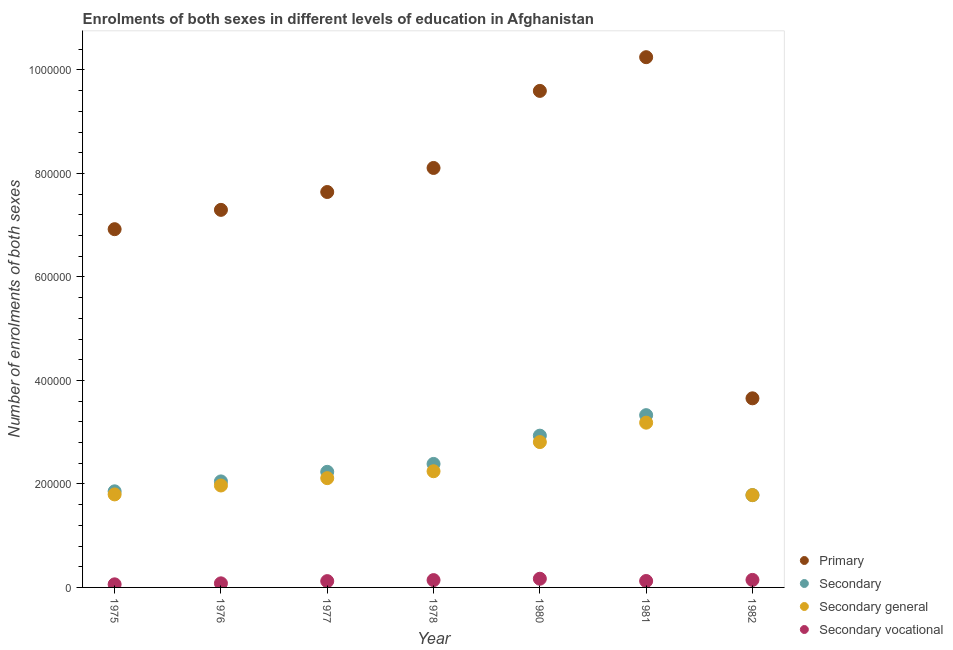
| Year | Primary | Secondary | Secondary general | Secondary vocational |
 | --- | --- | --- | --- | --- |
 | 1975 | 6.92e+05 | 1.86e+05 | 1.8e+05 | 5.96e+03 |
 | 1976 | 7.3e+05 | 2.05e+05 | 1.97e+05 | 7.9e+03 |
 | 1977 | 7.64e+05 | 2.23e+05 | 2.11e+05 | 1.22e+04 |
 | 1978 | 8.11e+05 | 2.39e+05 | 2.25e+05 | 1.41e+04 |
 | 1980 | 9.6e+05 | 2.93e+05 | 2.81e+05 | 1.68e+04 |
 | 1981 | 1.02e+06 | 3.33e+05 | 3.18e+05 | 1.24e+04 |
 | 1982 | 3.65e+05 | 1.78e+05 | 1.78e+05 | 1.45e+04 |